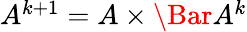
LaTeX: \begin{array}{r}{A^{k+1}=A\times\Bar{A}^{k}}\end{array}